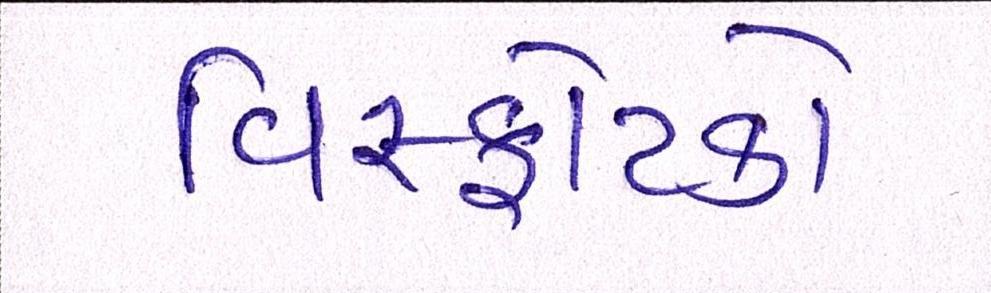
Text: વિસ્ફોટકો